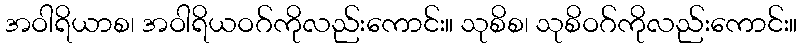
အဝါရိယာစ၊ အဝါရိယဝဂ်ကိုလည်းကောင်း။ သုစိစ၊ သုစိဝဂ်ကိုလည်းကောင်း။